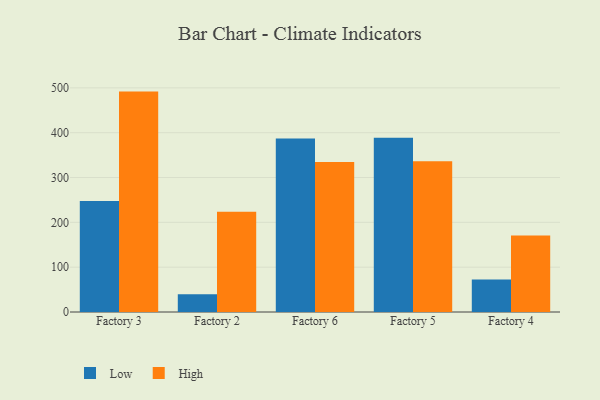
{"axis": {"x": "Factory", "y": "Net Income (USD K)"}, "legend": ["High", "Low"], "data": [{"x": "Factory 3", "y": 247.7, "type": "Low"}, {"x": "Factory 3", "y": 491.7, "type": "High"}, {"x": "Factory 2", "y": 39.6, "type": "Low"}, {"x": "Factory 2", "y": 223.4, "type": "High"}, {"x": "Factory 6", "y": 387.2, "type": "Low"}, {"x": "Factory 6", "y": 334.7, "type": "High"}, {"x": "Factory 5", "y": 389.0, "type": "Low"}, {"x": "Factory 5", "y": 336.3, "type": "High"}, {"x": "Factory 4", "y": 72.7, "type": "Low"}, {"x": "Factory 4", "y": 170.5, "type": "High"}]}